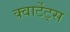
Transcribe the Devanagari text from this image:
क्वार्टेट्स